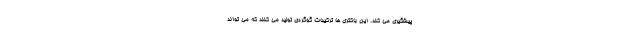
پیشگیری می کند. این باکتری ها ترکیبات گوگردی تولید می کنند که می تواند